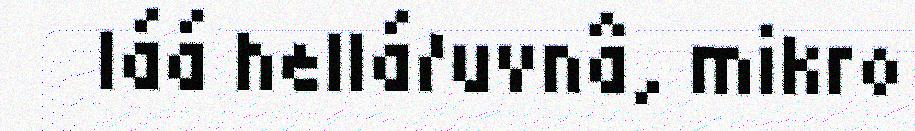
láá hellá/uvnâ, mikro